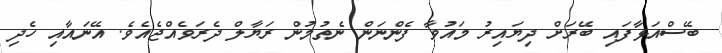
ބޭސްއަޅާފައި ބޭރަށް ދިޔައިރު މައުވާ ފެންނަން ނެތުމުން ރަޔާލް ދެރަވެއްޖެއެވެ. އޭނައާއި ހެދި